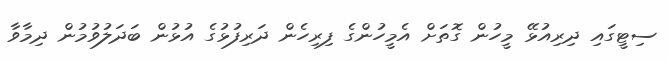
ސިޓީގައި ދިރިއުޅޭ މީހުން ގޮތަށް އެމީހުންގެ ފިރިހެން ދަރިފުޅުގެ އުޅުން ބަދަލުވުމުން ދިމާވާ